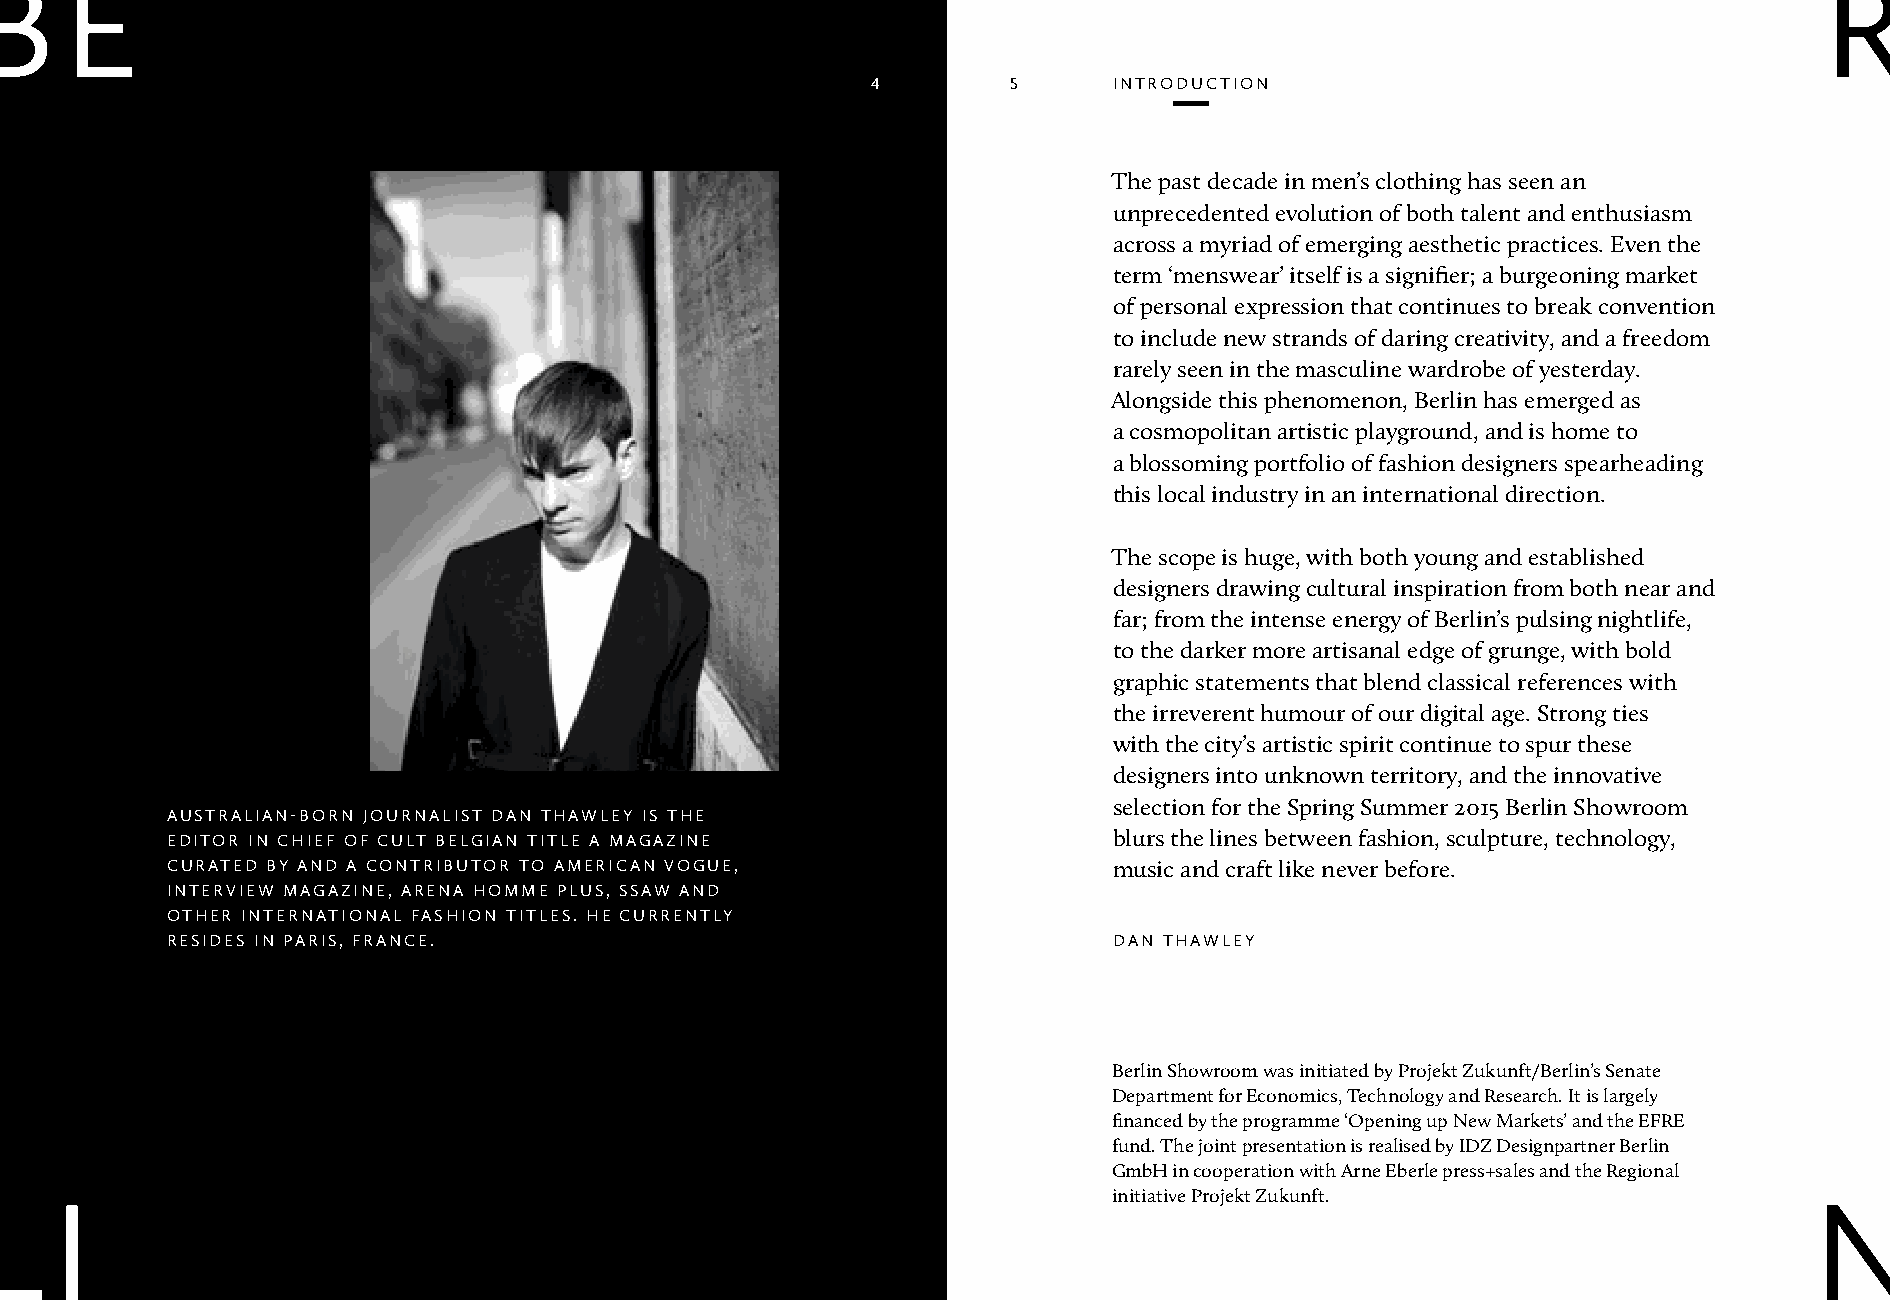
4        5      introduction
 The past decade in men’s clothing has seen an
 unprecedented evolution of both talent and enthusiasm
 across a myriad of emerging aesthetic practices. Even the
 term ‘menswear’ itself is a signifier; a burgeoning market
 of personal expression that continues to break convention
 to include new strands of daring creativity, and a freedom
 rarely seen in the masculine wardrobe of yesterday.
 Alongside this phenomenon, Berlin has emerged as
 a cosmopolitan artistic playground, and is home to
 a blossoming portfolio of fashion designers spearheading
 this local industry in an international direction.
 The scope is huge, with both young and established
 designers drawing cultural inspiration from both near and
 far; from the intense energy of Berlin’s pulsing nightlife,
 to the darker more artisanal edge of grunge, with bold
 graphic statements that blend classical references with
 the irreverent humour of our digital age. Strong ties
 with the city’s artistic spirit continue to spur these
 designers into unknown territory, and the innovative
 selection for the Spring Summer 2015 Berlin Showroom
 australian-born journalist dan thawleY is the
 editor in chieF oF cult belgian title a Magazine               blurs the lines between fashion, sculpture, technology,
 curated bY and a contributor to aMerican v ogue,               music and craft like never before.
 interview Magazine, arena hoMMe plus, ssaw and
 other international Fashion titles. he currentl Y
 resides in paris, France.                                      dan thawleY
 Berlin Showroom was initiated by Projekt Zukunft /Berlin’s Senate
 Department for Economics, Technology and Research. It is largely
 financed by the programme ‘Opening up New Markets’ and the EFRE
 fund. The joint presentation is realised by IDZ Designpartner Berlin
 GmbH in cooperation with Arne Eberle press+sales and the Regional
 initiative Projekt Zukunft.